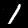
Digit: 1